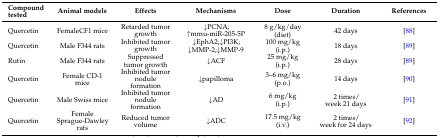
<table><thead><tr><td><b>Compound tested</b></td><td><b>Animal models</b></td><td><b>Effects</b></td><td><b>Mechanisms</b></td><td><b>Dose</b></td><td><b>Duration</b></td><td><b>References</b></td></tr></thead><tbody><tr><td>Quercetin</td><td>FemaleCF1 mice</td><td>Retarded tumor growth</td><td>↓PCNA;↑mmu-miR-205-5P</td><td>8 g/kg/day(diet)</td><td>42 days</td><td>[88]</td></tr><tr><td>Quercetin</td><td>Male F344 rats</td><td>Inhibited tumor growth</td><td>↓EphA2;↓PI3K;↓MMP-2;↓MMP-9</td><td>100 mg/kg(i.p.)</td><td>18 days</td><td>[89]</td></tr><tr><td>Rutin</td><td>Male F344 rats</td><td>Suppressed tumor growth</td><td>↓ACF</td><td>25 mg/kg(i.p.)</td><td>28 days</td><td>[89]</td></tr><tr><td>Quercetin</td><td>Female CD-1 mice</td><td>Inhibited tumor nodule formation</td><td>↓papilloma</td><td>3–6 mg/kg(p.o.)</td><td>14 days</td><td>[90]</td></tr><tr><td>Quercetin</td><td>Male Swiss mice</td><td>Inhibited tumor nodule formation</td><td>↓AD</td><td>6 mg/kg(i.p.)</td><td>2 times/week 21 days</td><td>[91]</td></tr><tr><td>Quercetin</td><td>Female Sprague-Dawley rats</td><td>Reduced tumor volume</td><td>↓ADC</td><td>17.5 mg/kg(i.v.)</td><td>2 times/week for 24 days</td><td>[92]</td></tr></tbody></table>